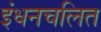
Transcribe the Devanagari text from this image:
इंधनचलित